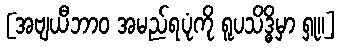
[အဗျယီဘာဝ အမည်ရပုံကို ရူပသိဒ္ဓိမှာ ရှု။]